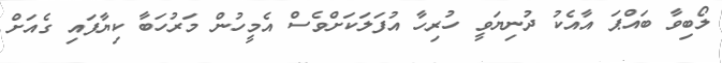
ލޯބިވާ ބައްޕަ އާއެކު ދުނިޔަވީ ހުރިހާ އުފަލަކަށްވެސް އެމީހުން މަރުހަބާ ކިޔާފައި ގެއަށް